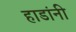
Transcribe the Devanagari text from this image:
हाडांनी